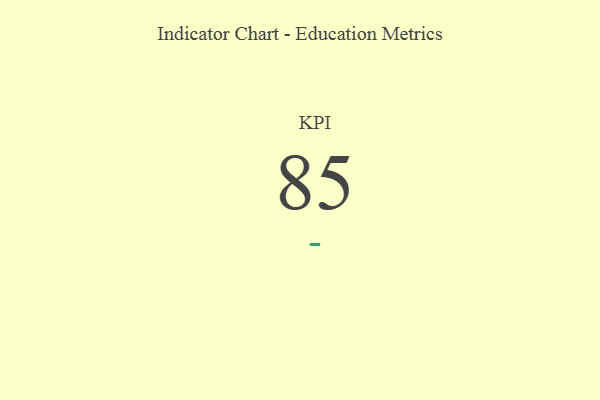
{"axis": {"x": "KPI", "y": "Value"}, "legend": [""], "data": [{"x": "KPI", "y": 85, "type": ""}]}